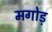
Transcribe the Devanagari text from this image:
मगोड़